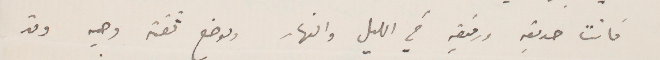
فانت صديقه ورفيقه في الليل والنار وموضع ثقته وحيد وقد